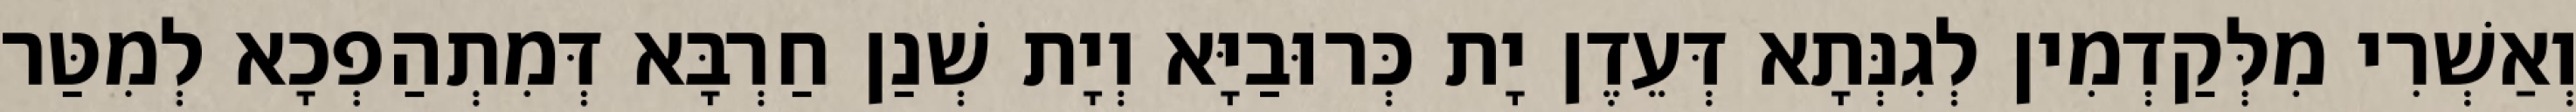
וְאַשְׁרִי מִלְּקַדְמִין לְגִנְּתָא דְּעֵדֶן יָת כְּרוּבַיָּא וְיָת שְׁנַן חַרְבָּא דְּמִתְהַפְכָא לְמִטַּר